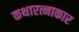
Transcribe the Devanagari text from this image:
कथारत्नाकार